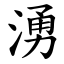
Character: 湧